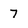
Character: 7